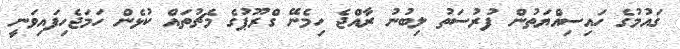
ގައުމުގެ ހައިސިއްޔަތުން ފުރުސަތު ލިބުނު ރާއްޖެ ހިމެނޭ ގްރޫޕުގެ މެޗުތައް ކުޅެން ހަމަޖެހިފައިވަނީ